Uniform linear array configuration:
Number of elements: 16
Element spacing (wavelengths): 0.25
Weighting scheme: kaiser
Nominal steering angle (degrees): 45
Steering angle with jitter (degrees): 43.063
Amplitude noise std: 0.05
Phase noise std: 0.05

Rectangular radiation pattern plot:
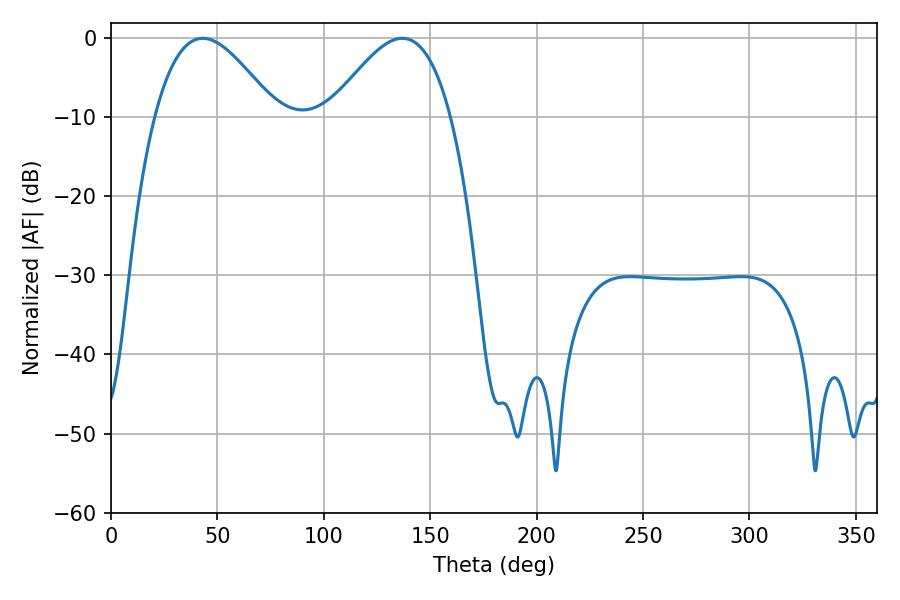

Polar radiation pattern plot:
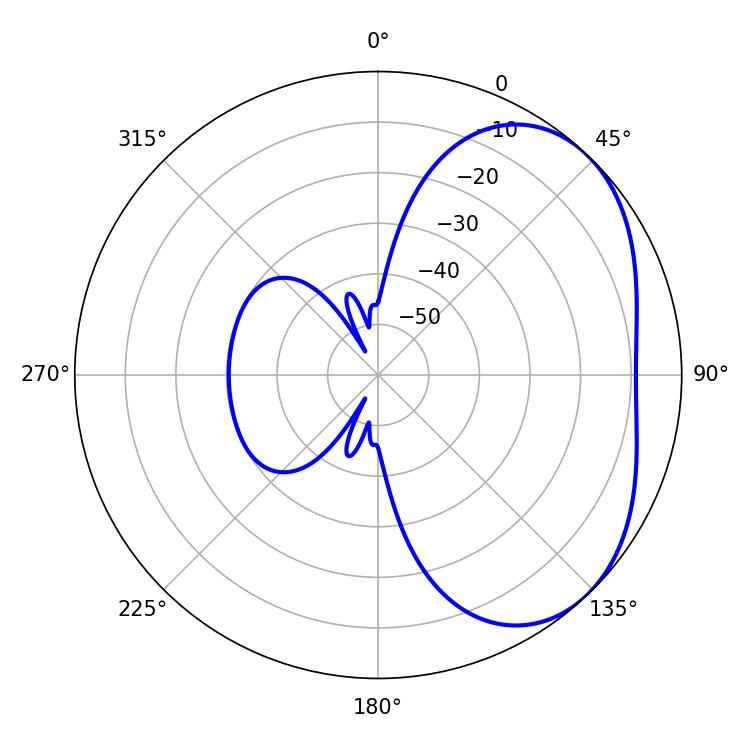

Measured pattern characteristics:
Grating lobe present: FALSE
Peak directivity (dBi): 3.619
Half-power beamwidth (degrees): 30.6
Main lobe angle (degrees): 43.2